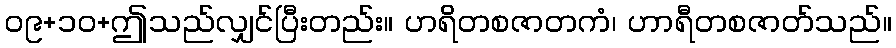
၀၉+၁၀+ဤသည်လျှင်ပြီးတည်း။ ဟရိတစဇာတကံ၊ ဟာရီတစဇာတ်သည်။